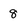
Character: 8